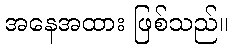
အနေအထား ဖြစ်သည်။